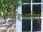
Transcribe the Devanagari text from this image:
परिभाषेदु